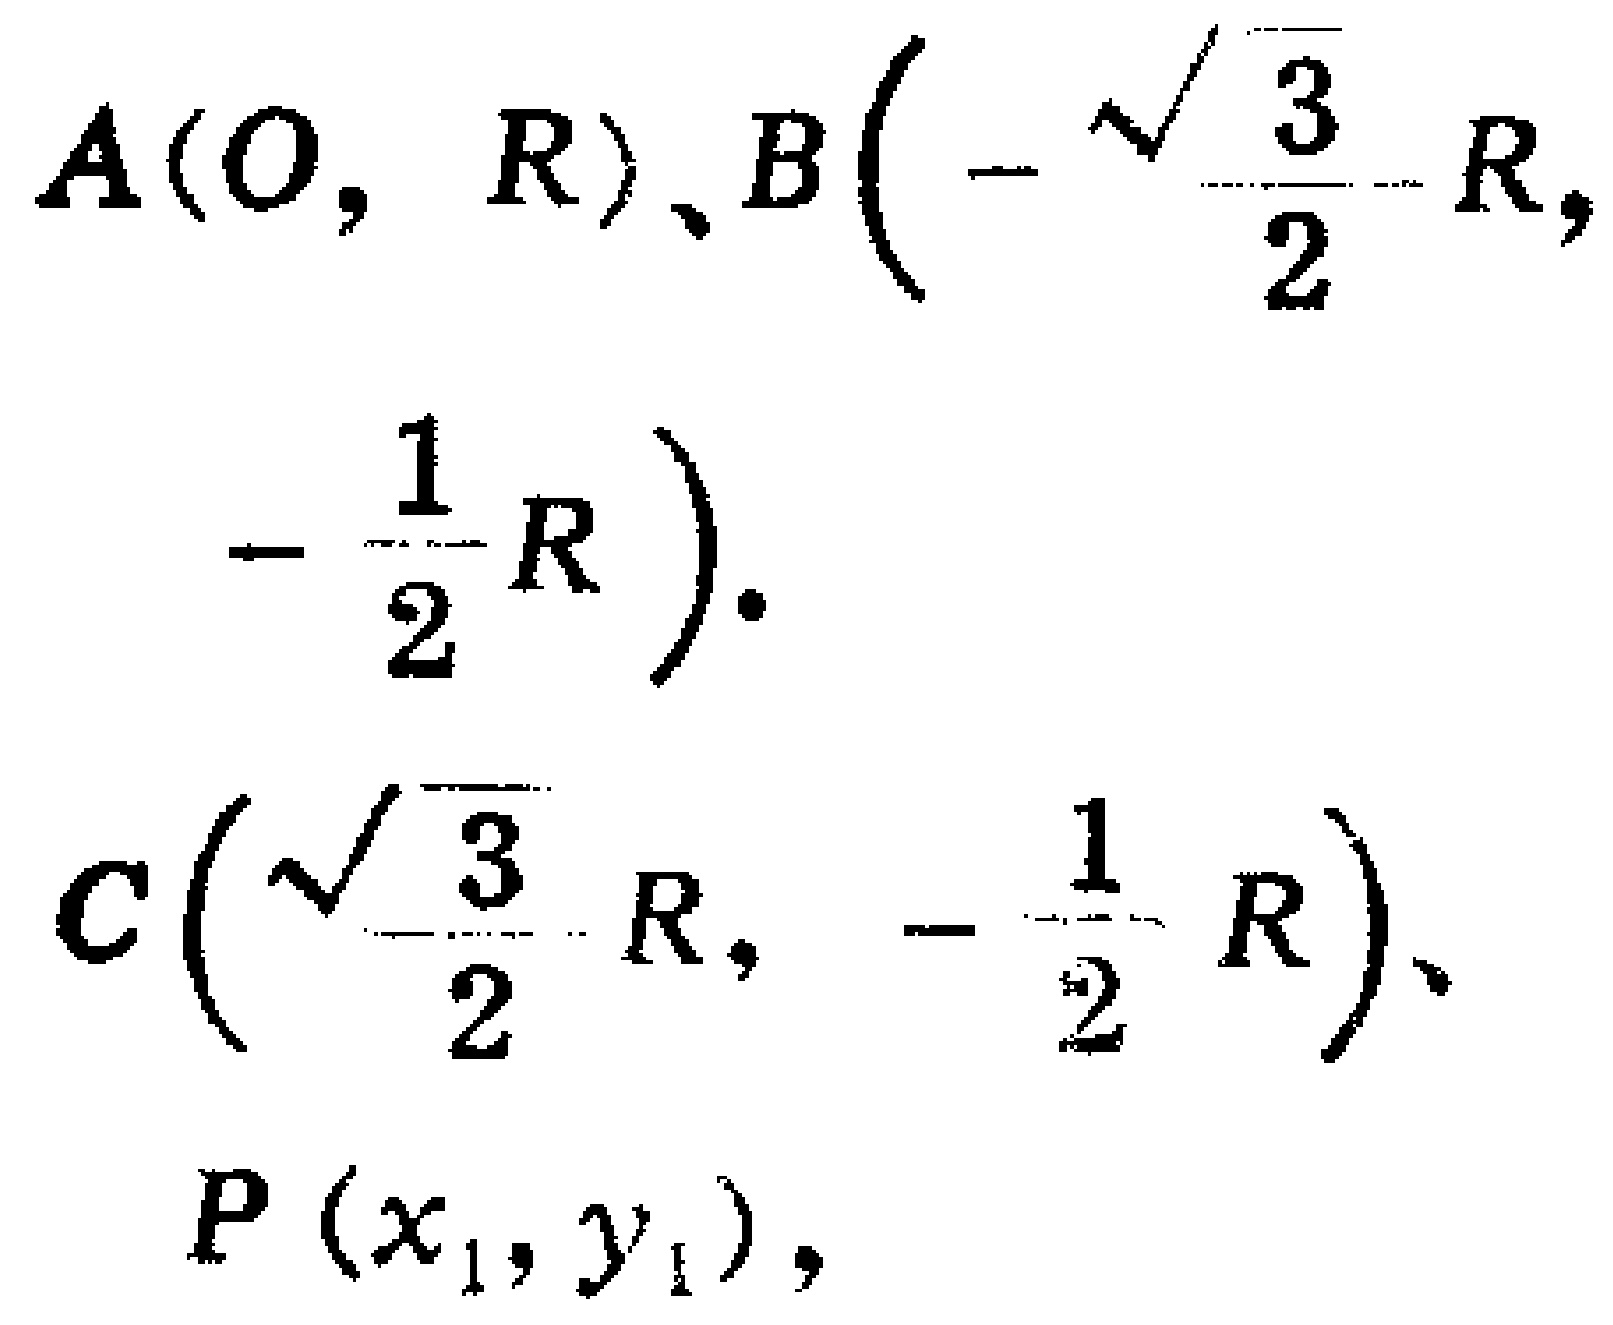
$A(0, R)、B\left(-\frac{\sqrt{3}}{2}R, -\frac{1}{2}R\right).$
$C\left(\frac{\sqrt{3}}{2}R, -\frac{1}{2}R\right)、P(x_1, y_1),$